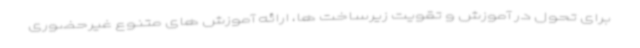
برای تحول در آموزش و تقویت زیرساخت ها، ارائه آموزش های متنوع غیرحضوری